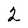
Character: 2